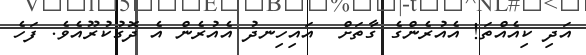
އަދި ކިއެއްތަ! އެއުރެންގެ ގާތަށް  އައިހިނދު އެއުރެން އެ ދޮގުކުރޫއެވެ. ފަހެ